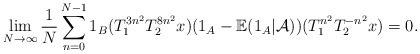
\begin{align*}\lim_{N\rightarrow \infty}\frac{1}{N}\sum_{n=0}^{N-1}1_B(T_{1}^{3n^2} T_{2}^{8n^2}x)(1_{A}-\mathbb{E}(1_A|\mathcal{A}))(T_{1}^{n^2} T_{2}^{-n^2}x)=0.\end{align*}